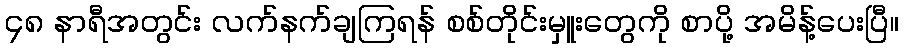
၄၈ နာရီအတွင်း လက်နက်ချကြရန် စစ်တိုင်းမှူးတွေကို စာပို့ အမိန့်ပေးပြီ။